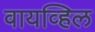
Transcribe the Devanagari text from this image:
वायव्हिल